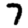
Digit: 7